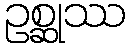
ဥစ္ဆုဿ